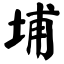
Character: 埔